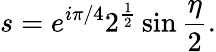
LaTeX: s=e^{i\pi/4}2^{\frac{1}{2}}\sin{\frac{\eta}{2}}.